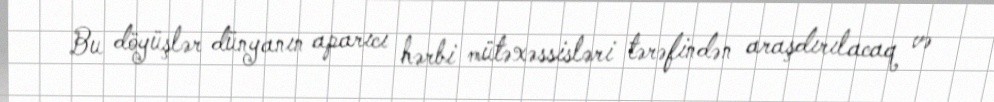
Bu döyüşlər dünyanın aparıcı hərbi mütəxəssisləri tərəfindən araşdırılacaq və